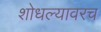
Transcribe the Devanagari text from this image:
शोधल्यावरच